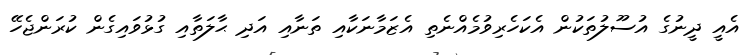
އެއީ ދީނުގެ އުސޫލުތަކުން އެކަހެރިވުމެއްނެތި އެޒަމާނަކާއި ތަނާއި އަދި ޙާލަތާއި ގުޅުވައިގެން ކުރަންޖެހޭ